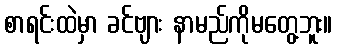
စာရင်းထဲမှာ ခင်ဗျား နာမည်ကိုမတွေ့ဘူး။